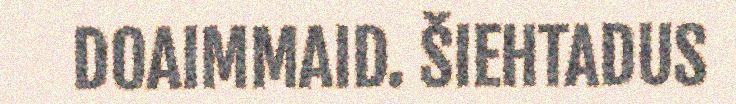
DOAIMMAID. ŠIEHTADUS